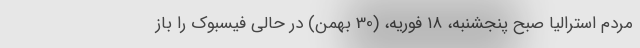
مردم استرالیا صبح پنجشنبه، ۱۸ فوریه، (30 بهمن) در حالی فیسبوک را باز